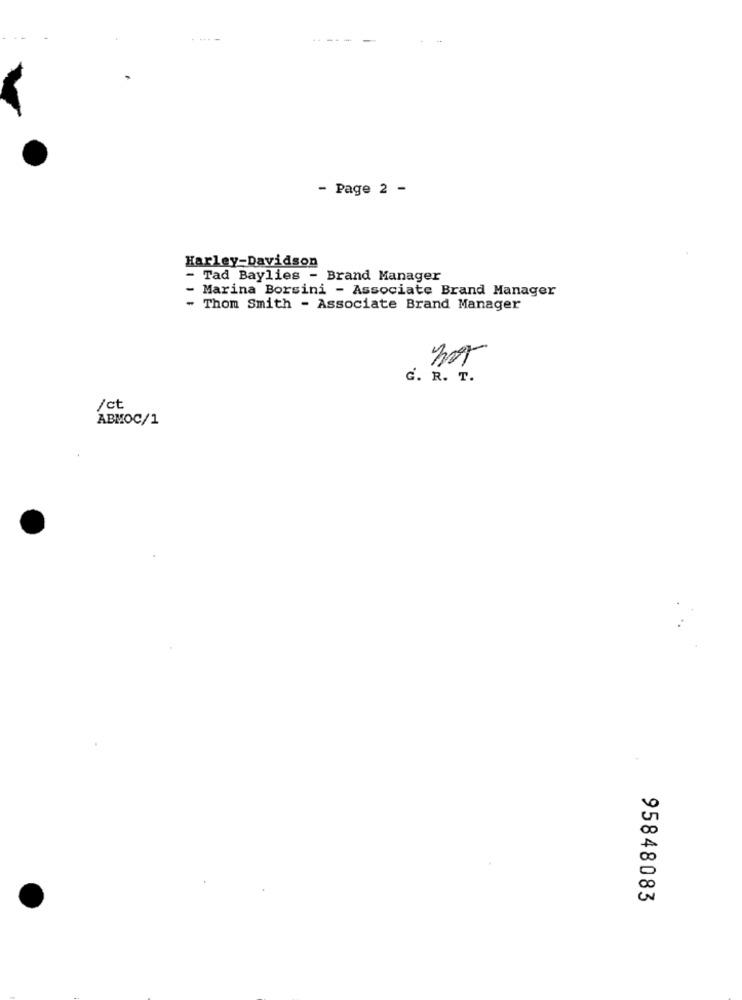
---
- Page 2 -
Harley-Davidson
- Tad Baylies - Brand Manager
- Marina Borsini - Associate Brand Manager
- Thom Smith - Associate Brand Manager
mor
G. R. T.
/ct
ABMOC/1
95848083